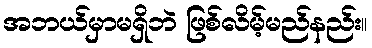
အဘယ်မှာမရှိဘဲ ဖြစ်လိမ့်မည်နည်း။